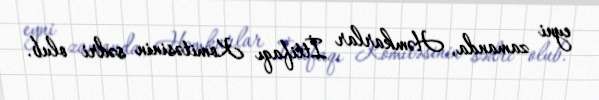
eyni zamanda, Həmkarlar İttifaqı Komitəsinin sədri olub.